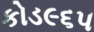
કોડ૯૬૫